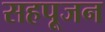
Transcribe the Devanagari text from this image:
सहपूजन